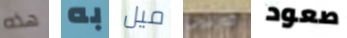
هذه به ميل كورليونى صعود